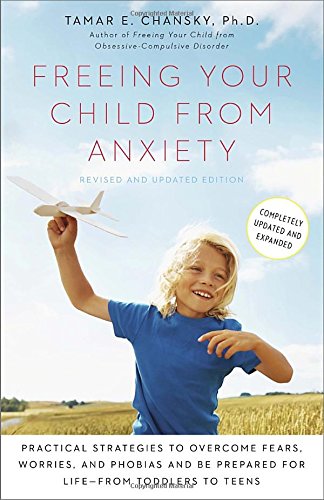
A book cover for Freeing Your Child from Anxiety, Revised and Updated Edition: Practical Strategies to Overcome Fears, Worries, and Phobias and Be Prepared for Life--from Toddlers to Teens; Tamar Chansky Ph.D.; Medical Books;